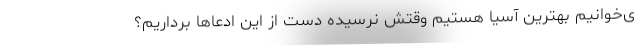
ی‌خوانیم بهترین آسیا هستیم وقتش نرسیده دست از این ادعاها برداریم؟